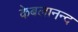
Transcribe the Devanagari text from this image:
केबलानन्द